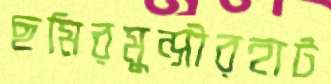
ছমিরমুন্সীরহাট